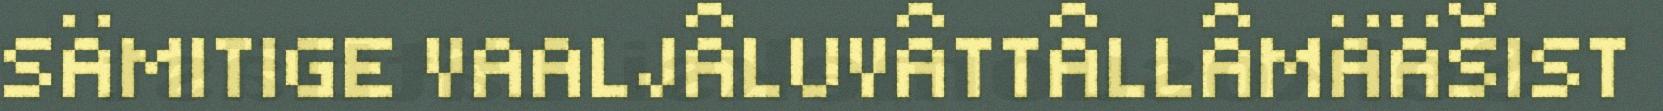
SÄMITIGE VAALJÂLUVÂTTÂLLÂMÄÄŠIST